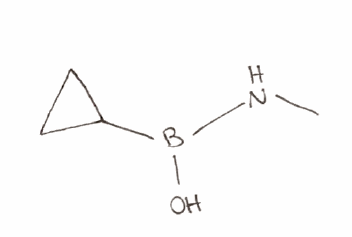
Simplified molecular-input line-entry system (SMILES) notation of the given molecule:
B(C1CC1)(NC)O